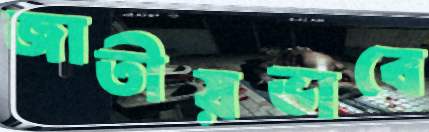
জাতীয়ভাবে